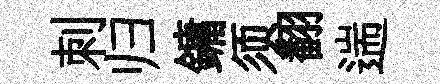
刺归鏞须翻遄